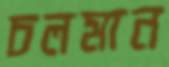
চলমান